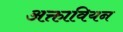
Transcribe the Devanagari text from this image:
अक्तावियन